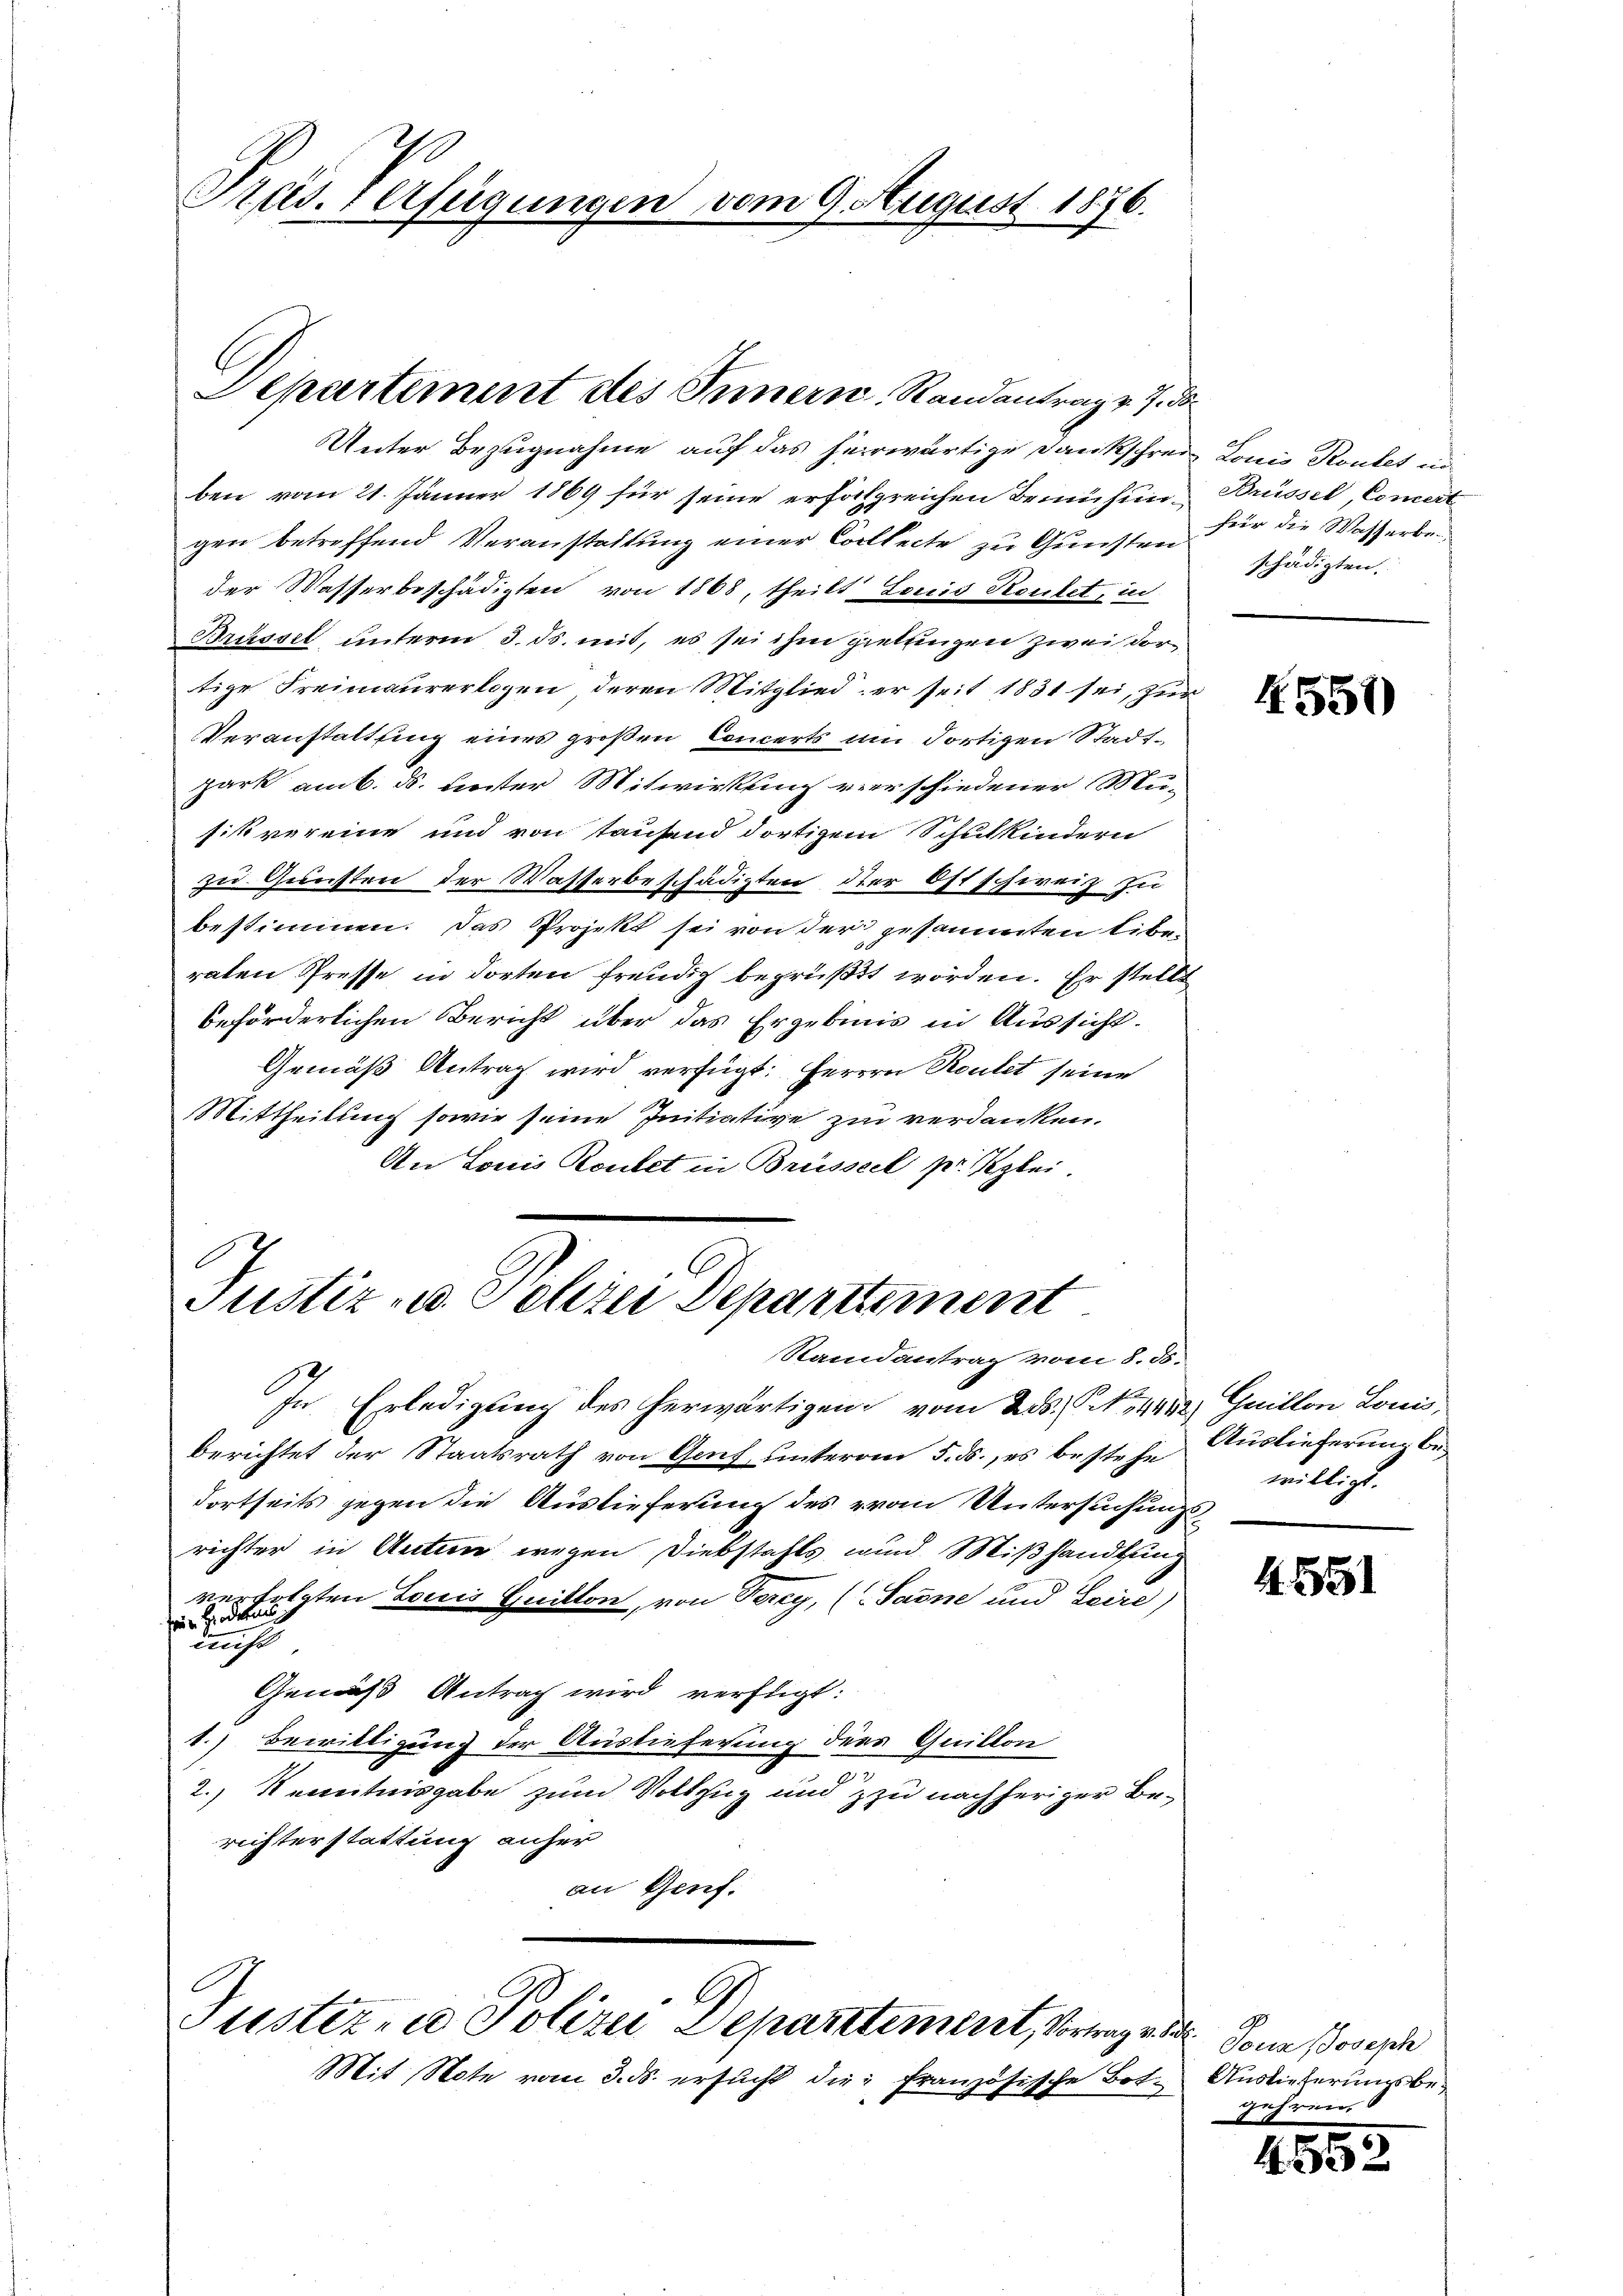
Pras. Verfügungen vom 9. August 1876.

Departement des Innern, Randantrag v. 7. ds

Unter Bezugnahme auf das herwärtige Dankschreiben vom 21. Jänner 1869 für seine erfolgreichen Bemühungen betreffend Veranstattung einer Collecte zu Gunsten für die Wasserbeder Wasserbeschädigten von 1868, theilt Louis Routet, in
Brüssel unterm 3. ds. mit, es sei ihm giettingen zwei dortige Freimaurerlogen deren Mitglied er seit 1831 sei, zur
Veranstaltung eines großen Concerts um dortigen Stadtpark am 6. ds. Leister Mitwirkung verschiedener Musik vereine und von tausend dortigem Schulkindern
zu Gunsten der Wasserbeschädigten der Ostschweiz zu
bestimmen. Das Projekt sei von der zusammten Eiberaten Presse in dorten freudig begrüßt worden. Er stellt
beförderlichen Bericht über das Ergebnis in Aussicht.
Gemäß Antrag wird verfügt: Herren Routet seine
Mittheilung sowie seine Initiative zu verdanken.
An Louis Routet in Brüsseck pr. Kglei

Justiz- u. Polizei Departtement
Randantrag vom 8. ds.

G
Justiz- u Polizei Separtement, Vortrag v. 2

In Erledigung des herwärtigen vom 2. ds., N. 4432.) Guillon Louis,
berichtet der Staatsrath von Genf unterm 5. ds., es bestehe Auslieferung bedortseits gegen die Auslieferung des von Untersuchungsrichter in Acten wegen Diebstahls wird Mißhandlung
verfolgten Louis Quitton, von Perey, (Sarne und Leire)
fein Hindeten
nicht
Gemäß Antrag wird verfügt:
1.) Bewilligung der Auslieferung dies Quillon
2.) Kenntnisgabe zum Vollzug und zu nachheriger Berichterstattung anher
an Genf.

Mit Note vom 3. ds. ersucht die französische Bot. Auslieferungsbe¬

Louis Routet in
Buissel, Comert
schädigten.

4550)

willigt.

4591

Tous Joseph
gehren,

455.